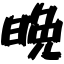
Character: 晩